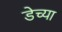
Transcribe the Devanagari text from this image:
डेच्या